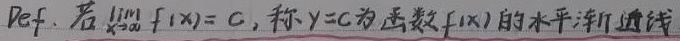
Def. 若$\lim\limits_{x \to \infty} f(x)=C$，称$y = C$为函数$f(x)$的水平渐近线。